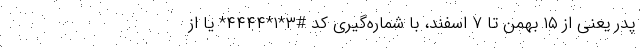
پدر یعنی از ۱۵ بهمن تا ۷ اسفند، با شماره‌گیری کد #۳*۱*۴۴۴۴* یا از